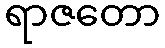
ရာဇတော